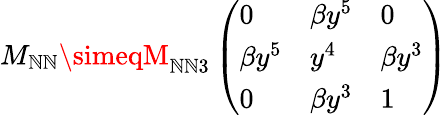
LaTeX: M_{\mathbb{N}\mathbb{N}}\simeqM_{\mathbb{N}\mathbb{N}3}\left(\begin{array}{lll}{{0}}&{{\beta y^{5}}}&{{0}}\\ {{\beta y^{5}}}&{{y^{4}}}&{{\beta y^{3}}}\\ {{0}}&{{\beta y^{3}}}&{{1}}\end{array}\right)